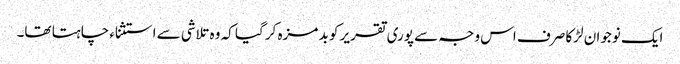
ایک نوجوان لڑکا صرف اس وجہ سے پوری تقریر کو بد مزہ کر گیا کہ وہ تلاشی سے استثناء چاہتا تھا۔